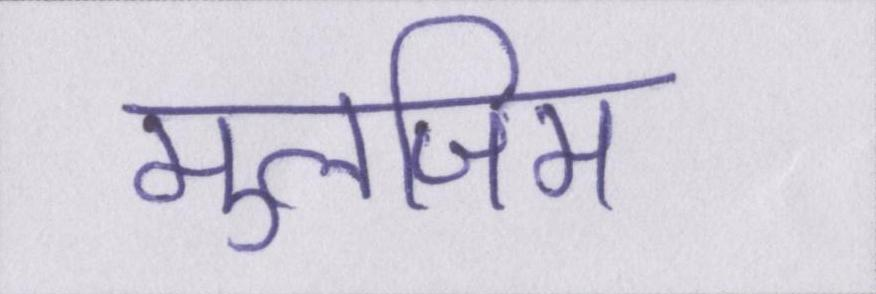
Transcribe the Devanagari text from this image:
मुलजिम